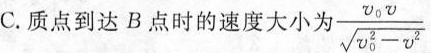
C.质点到达B点时的速度大小 $$ \frac { v _ { 0 } v } { \sqrt {v _ { 0 } ^ { 2 } - v ^ { 2 } } }$$